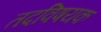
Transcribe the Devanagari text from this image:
तदविषयक